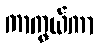
ကာကွယ်ကာ